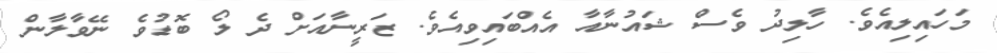
މަހައިލިއެވެ. ހާލިދު ވެސް ޝައުނާއާ އެއްބައިވިއެވެ. ޒަރީނާއަށް ދެ ލޯ ބޮޑުވެ ނޭވާލާން